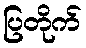
ပြတိုက်